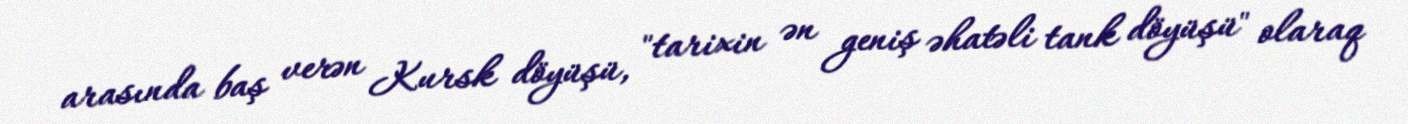
arasında baş verən Kursk döyüşü, "tarixin ən geniş əhatəli tank döyüşü" olaraq